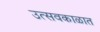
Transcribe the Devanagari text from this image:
उत्सवकाळात